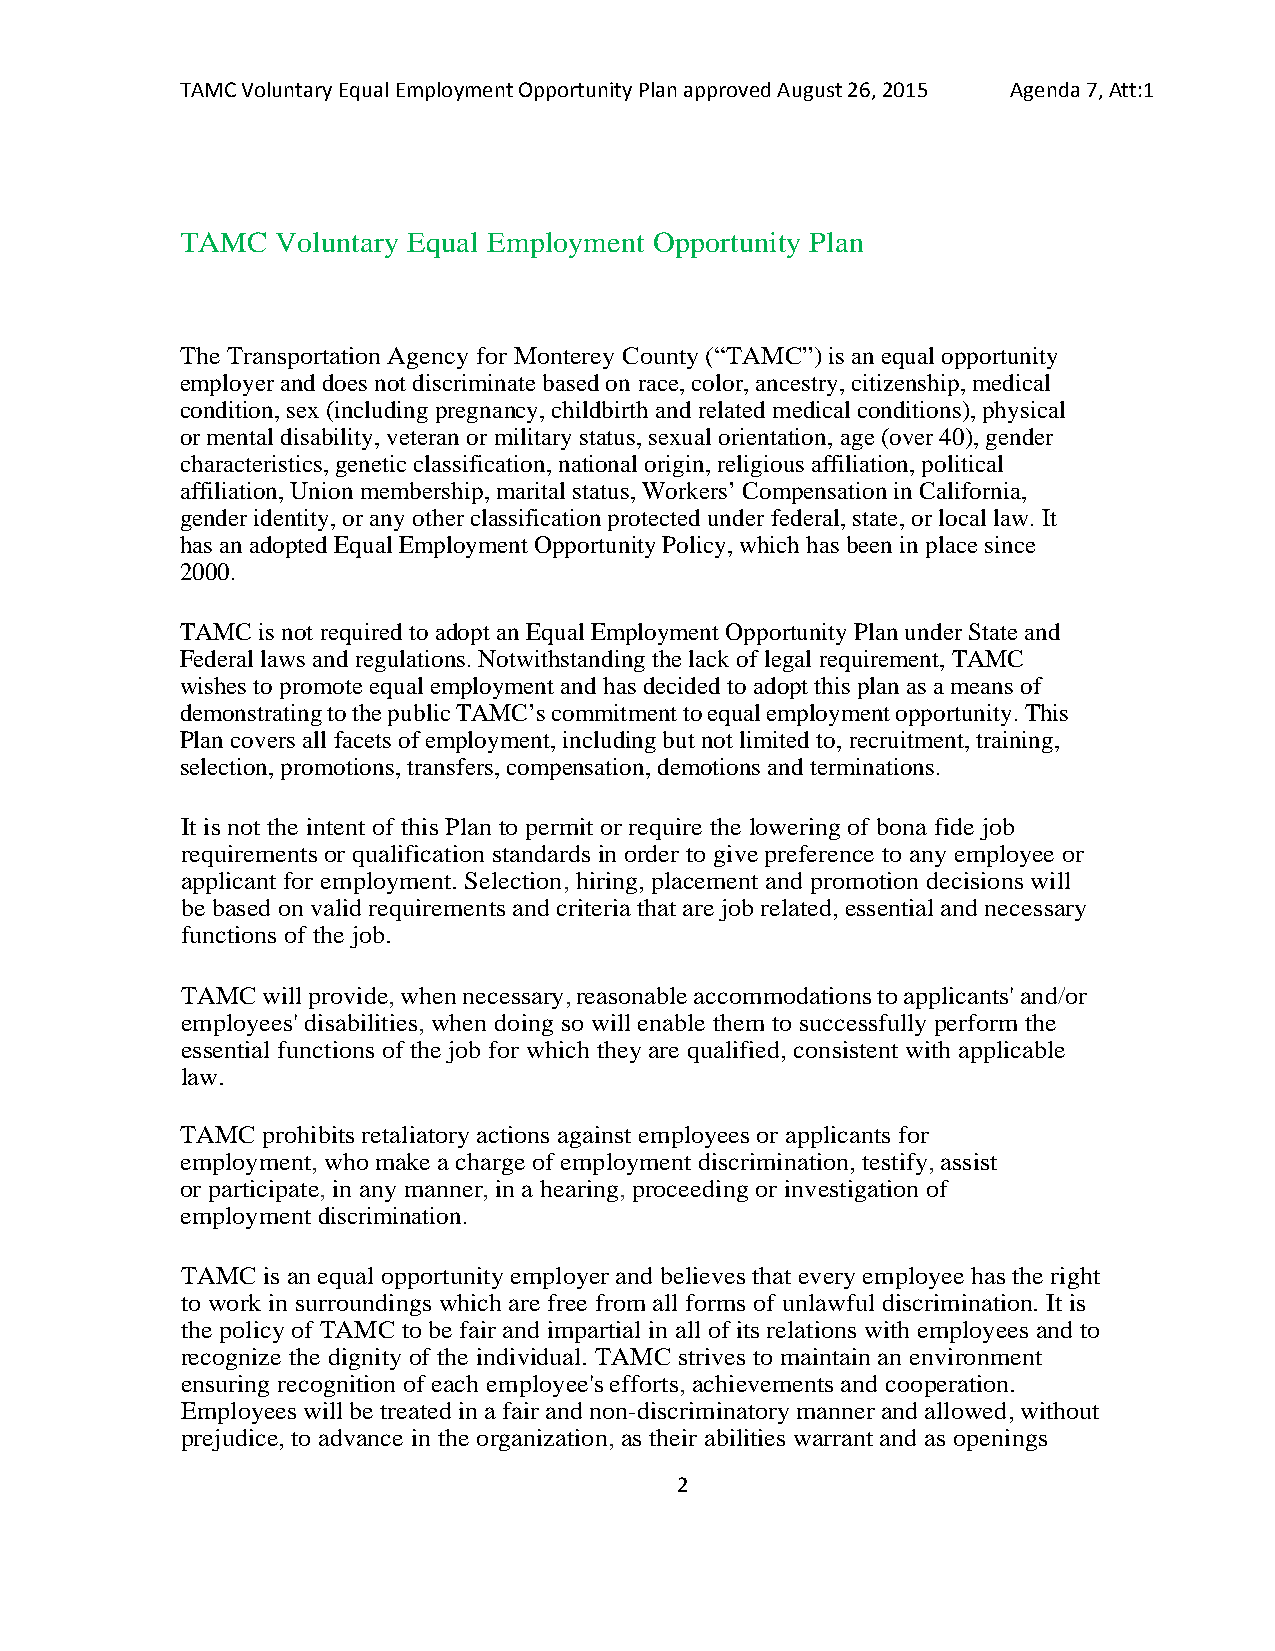
TAMC Voluntary Equal Employment Opportunity Plan approved August 26, 2015 Agenda 7, Att:1
 TAMC  Voluntary Equal Employment Opportunity Plan
 The Transportation Agency for Monterey County (“TAMC”) is an equal opportunity
 employer and does not discriminate based on race, color, ancestry, citizenship, medical
 condition, sex (including pregnancy, childbirth and related medical conditions), physical
 or mental disability, veteran or military status, sexual orientation, age (over 40), gender
 characteristics, genetic classification, national origin, religious affiliation, political
 affiliation, Union membership, marital status, Workers’ Compensation in California,
 gender identity, or any other classification protected under federal, state, or local law. It
 has an adopted Equal Employment Opportunity Policy, which has been in place since
 2000.
 TAMC is not required to adopt an Equal Employment Opportunity Plan under State and
 Federal laws and regulations. Notwithstanding the lack of legal requirement, TAMC
 wishes to promote equal employment and has decided to adopt this plan as a means of
 demonstrating to the public TAMC’s commitment to equal employment opportunity. This
 Plan covers all facets of employment, including but not limited to, recruitment, training,
 selection, promotions, transfers, compensation, demotions and terminations.
 It is not the intent of this Plan to permit or require the lowering of bona fide job
 requirements or qualification standards in order to give preference to any employee or
 applicant for employment. Selection, hiring, placement and promotion decisions will
 be based on valid requirements and criteria that are job related, essential and necessary
 functions of the job.
 TAMC will provide, when necessary, reasonable accommodations to applicants' and/or
 employees' disabilities, when doing so will enable them to successfully perform the
 essential functions of the job for which they are qualified, consistent with applicable
 law.
 TAMC prohibits retaliatory actions against employees or applicants for
 employment, who make a charge of employment discrimination, testify, assist
 or participate, in any manner, in a hearing, proceeding or investigation of
 employment discrimination.
 TAMC is an equal opportunity employer and believes that every employee has the right
 to work in surroundings which are free from all forms of unlawful discrimination. It is
 the policy of TAMC to be fair and impartial in all of its relations with employees and to
 recognize the dignity of the individual. TAMC strives to maintain an environment
 ensuring recognition of each employee's efforts, achievements and cooperation.
 Employees will be treated in a fair and non-discriminatory manner and allowed, without
 prejudice, to advance in the organization, as their abilities warrant and as openings
 2